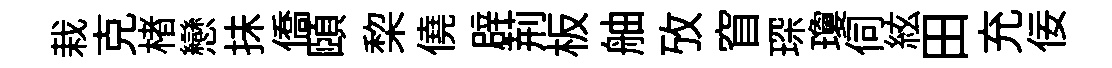
栽克楮戀抺僑頤棃僥辟荊板舳攷窅琛瓊伺絃田充佞